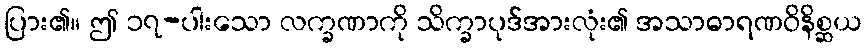
ပြား၏။ ဤ ၁၇-ပါးသော လက္ခဏာကို သိက္ခာပုဒ်အားလုံး၏ အသာဓာရဏဝိနိစ္ဆယ